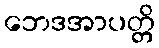
ဘေဒအာပတ္တိ